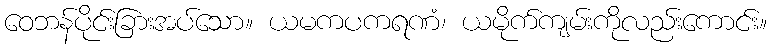
ဝေဘန်ပိုင်းခြားအပ်သော။ ယမကပကရဏံ၊ ယမိုက်ကျမ်းကိုလည်းကောင်း။